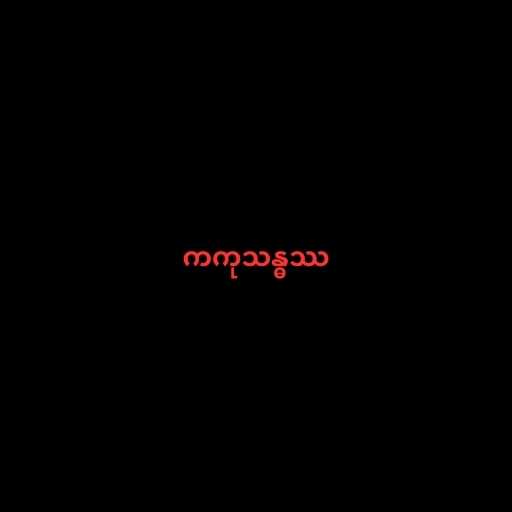
ကကုသန္ဓဿ